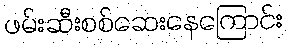
ဖမ်းဆီးစစ်ဆေးနေကြောင်း